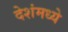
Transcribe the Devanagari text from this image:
देशंमध्ये